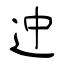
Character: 迚